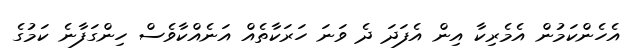
އެހެންކަމުން އެމެރިކާ އިން އެފަދަ ދެ ވަނަ ހަރަކާތެއް އަނެއްކާވެސް ހިންގަފާނެ ކަމުގެ